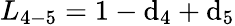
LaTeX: {L_{4-5}}=1-{\mathrm{d}_{4}}+{\mathrm{d}_{5}}